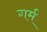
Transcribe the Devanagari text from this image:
गर्म